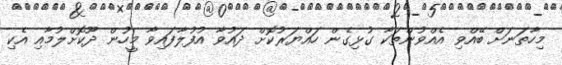
މިހާތަނަށް ބޭއްވި އެއްވުންތަކާ ގުޅިގެން ހައްޔަރުކޮށް ދައުވާ އުފުލާފައިވާ މީހުން ދޫކޮށްލުމާއި އެކި